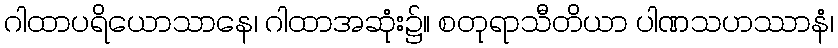
ဂါထာပရိယောသာနေ၊ ဂါထာအဆုံး၌။ စတုရာသီတိယာ ပါဏသဟဿာနံ၊